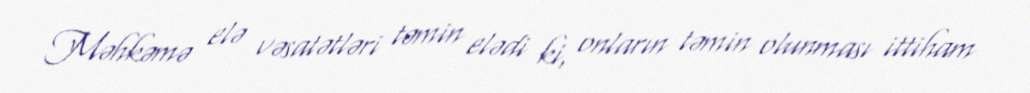
Məhkəmə elə vəsatətləri təmin elədi ki, onların təmin olunması ittiham